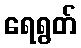
ရေရွတ်